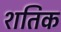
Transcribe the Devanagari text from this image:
शतिक